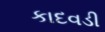
કાદવડી